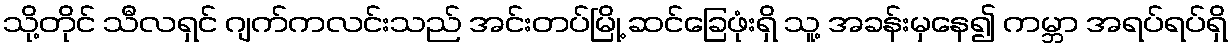
သို့တိုင် သီလရှင် ဂျက်ကလင်းသည် အင်းတပ်မြို့ ဆင်ခြေဖုံးရှိ သူ့ အခန်းမှနေ၍ ကမ္ဘာ အရပ်ရပ်ရှိ